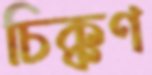
চিক্কণ